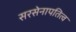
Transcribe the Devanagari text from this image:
सरसेनापतित्व